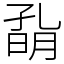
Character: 𡦀